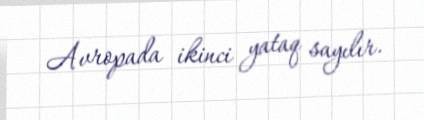
Avropada ikinci yataq sayılır.